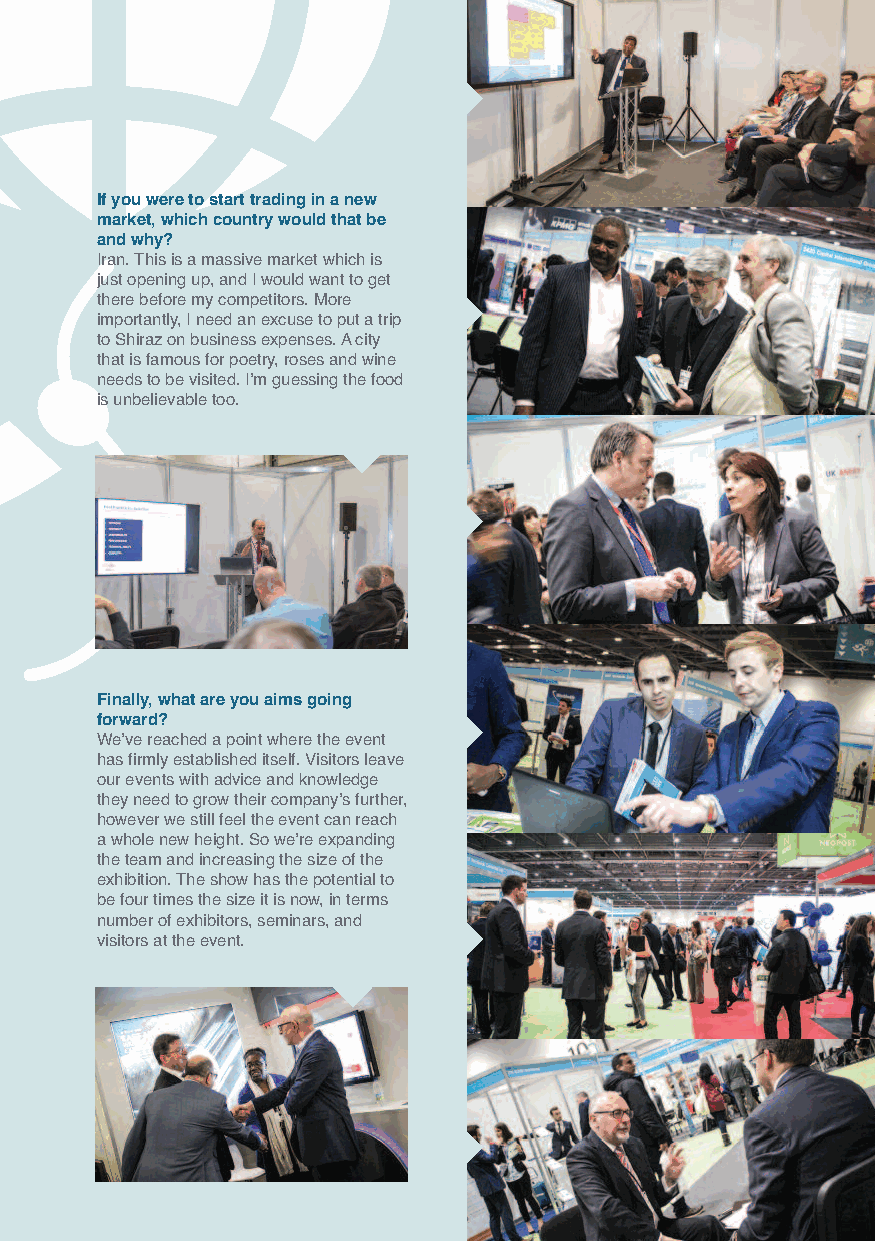
If you were to start trading in a new
 market, which country would that be
 and why?
 Iran. This is a massive market which is
 just opening up, and I would want to get
 there before my competitors. More
 importantly, I need an excuse to put a trip
 to Shiraz on business expenses. A city
 that is famous for poetry, roses and wine
 needs to be visited. I’m guessing the food
 is unbelievable too.
 Finally, what are you aims going
 forward?
 We’ve reached a point where the event
 has firmly established itself. Visitors leave
 our events with advice and knowledge
 they need to grow their company’s further,
 however we still feel the event can reach
 a whole new height. So we’re expanding
 the team and increasing the size of the
 exhibition. The show has the potential to
 be four times the size it is now, in terms
 number of exhibitors, seminars, and
 visitors at the event.